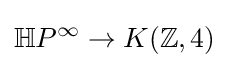
\mathbb {H} P^{\infty }\rightarrow K(\mathbb {Z} ,4)